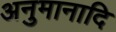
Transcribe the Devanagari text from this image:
अनुमानादि